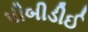
પીબીડીઈ